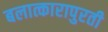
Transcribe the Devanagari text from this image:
बलात्कारापुरती